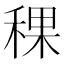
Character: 稞